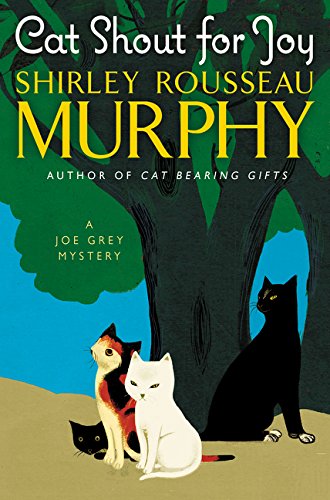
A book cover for Cat Shout for Joy: A Joe Grey Mystery (Joe Grey Mystery Series); Shirley Rousseau Murphy; Mystery, Thriller & Suspense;